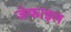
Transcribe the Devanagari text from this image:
जेकाइल